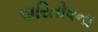
પારિતોષના